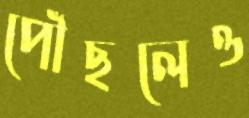
পৌঁছলেও